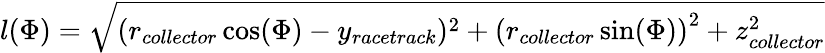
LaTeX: l(\Phi)=\sqrt{(r_{collector}\cos(\Phi)-y_{racetrack})^{2}+\left(r_{collector}\sin(\Phi)\right)^{2}+z_{collector}^{2}}